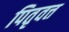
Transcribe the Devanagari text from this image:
पितृवत्त